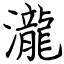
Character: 瀧